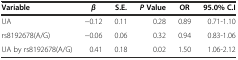
<table><thead><tr><td><b>Variable</b></td><td><b><i>β</i> </b></td><td><b>S.E.</b></td><td><b><i>P</i>Value</b></td><td><b>OR</b></td><td><b>95.0% C.I</b></td></tr></thead><tbody><tr><td>UA</td><td>−0.12</td><td>0.11</td><td>0.28</td><td>0.89</td><td>0.71-1.10</td></tr><tr><td>rs8192678(A/G)</td><td>−0.06</td><td>0.06</td><td>0.32</td><td>0.94</td><td>0.83-1.06</td></tr><tr><td>UA by rs8192678(A/G)</td><td>0.41</td><td>0.18</td><td>0.02</td><td>1.50</td><td>1.06-2.12</td></tr></tbody></table>